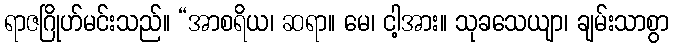
ရာဇဂြိုဟ်မင်းသည်။ “အာစရိယ၊ ဆရာ။ မေ၊ ငါ့အား။ သုခသေယျာ၊ ချမ်းသာစွာ